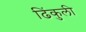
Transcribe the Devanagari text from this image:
ढिंकुली